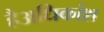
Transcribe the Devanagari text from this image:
हैअधिकांश